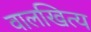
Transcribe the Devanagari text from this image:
वालखित्य